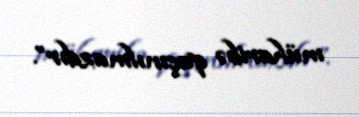
müharibə qaçınılmazdır”.